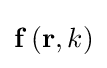
\mathbf {f} \left(\mathbf {r} ,k\right)